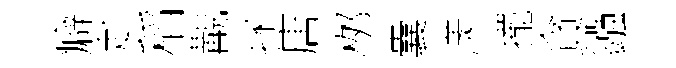
癖赴稻覯拯唐桞囊漾擺貪鏹